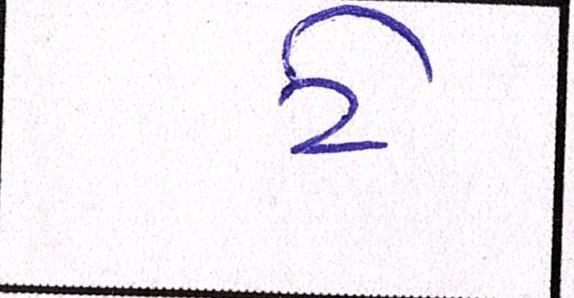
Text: ટે